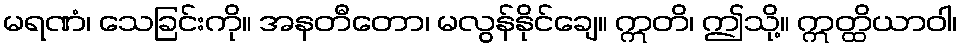
မရဏံ၊ သေခြင်းကို။ အနတီတော၊ မလွန်နိုင်ချေ။ ဣတိ၊ ဤသို့။ ဣတ္ထိယာဝါ၊